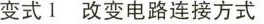
变式1改变电路连接方式